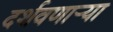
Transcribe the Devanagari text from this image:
दर्शवणार्‍या